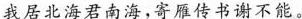
我居北海君南海，寄雁传书谢不能。